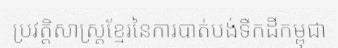
ប្រវត្តិសាស្ត្រខ្មែរនៃការបាត់បង់ទឹកដីកម្ពុជា